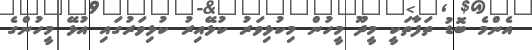
އެންމެ ބޮޑު ތަފާތަކީ މީދޫ މީހުން މިކުޅިވަރު ކުޅޭއިރު ކުޅިވަރުގައި އުޅޭ މީހުންގެ